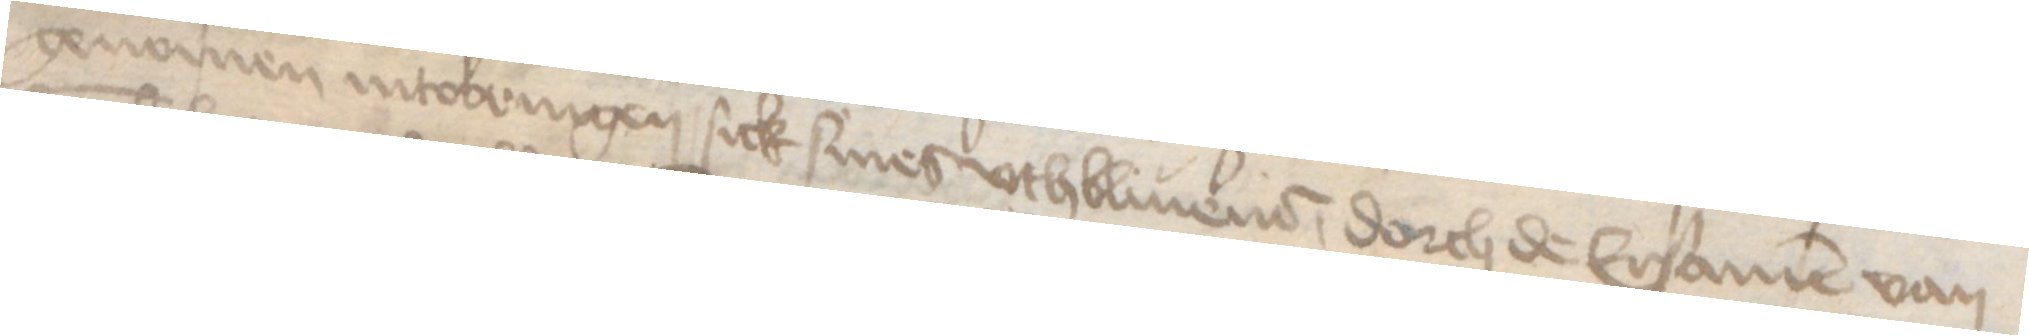
genomen intobringen sick siner vthbliuener, dorch de Ersamen van